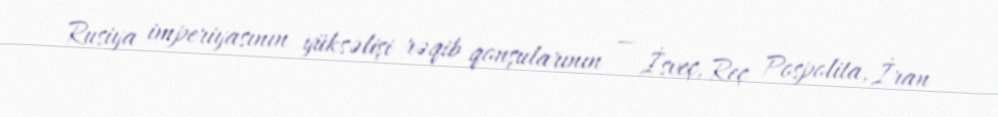
Rusiya imperiyasının yüksəlişi rəqib qonşularının — İsveç, Reç Pospolita, İran